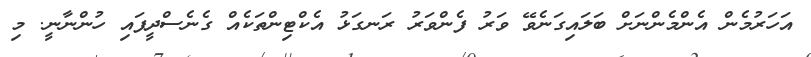
އަހަރުމެން އެންމެންނަށް ބަލައިގަނެވޭ ވަރު ފެންވަރު ރަނގަޅު އެކްޓިންތަކެއް ގެނެސްދީފައި ހުންނާނީ. މި